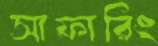
সাফারিং